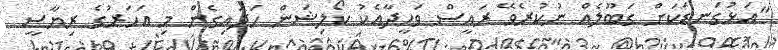
"އަޅުގަނޑަކަށް ގަބޫލެއް ނުކުރެވޭ ރައީސް ވަހީދާއެކު ކޯލިޝަން ހަދައިގެން މި އަހަރުގެ ރިޔާސީ